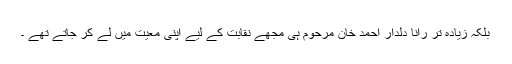
بلکہ زیادہ تر رانا دلدار احمد خان مرحوم ہی مجھے نقابت کے لیے اپنی معیت میں لے کر جاتے تھے ۔